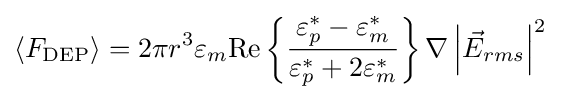
\langle F_{\mathrm {DEP} }\rangle =2\pi r^{3}\varepsilon _{m}{\textrm {Re}}\left\{{\frac {\varepsilon _{p}^{*}-\varepsilon _{m}^{*}}{\varepsilon _{p}^{*}+2\varepsilon _{m}^{*}}}\right\}\nabla \left|{\vec {E}}_{rms}\right|^{2}